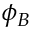
\phi _ { B }